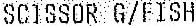
SCISSOR G/FISH